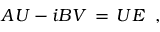
A U - i B V \, = \, U E \; \; ,